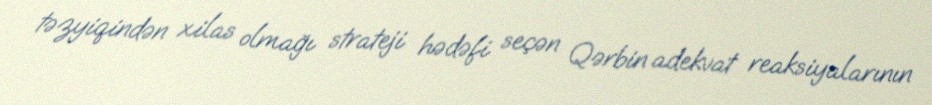
təzyiqindən xilas olmağı strateji hədəfi seçən Qərbin adekvat reaksiyalarının